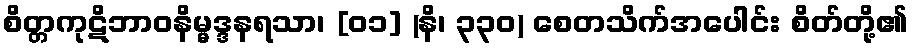
စိတ္တကုဋိဘာဝနိမ္မဒ္ဒနရသာ၊ [၀၁] (နိ၊ ၃၃၀) စေတသိက်အပေါင်း စိတ်တို့၏